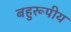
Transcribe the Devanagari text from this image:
बहुरूपीय